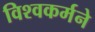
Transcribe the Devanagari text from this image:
विश्वकर्मने